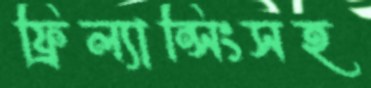
ফ্রিল্যান্সিংসহ